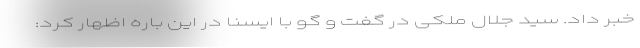
خبر داد. سید جلال ملکی در گفت و گو با ایسنا در این باره اظهار کرد: